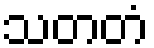
သတတံ